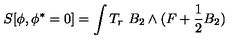
S [ \phi , \phi ^ { * } = 0 ] = \int T _ { r } \ B _ { 2 } \wedge ( F + \frac 1 2 B _ { 2 } )